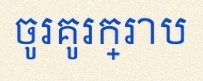
ចូរគូរក្រាប